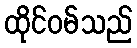
ထိုင်ဝမ်သည်